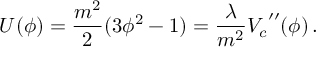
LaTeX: U ( \phi ) = \frac { m ^ { 2 } } { 2 } ( 3 \phi ^ { 2 } - 1 ) = \frac { \lambda } { m ^ { 2 } } { V _ { c } } ^ { \prime \prime } ( \phi ) \, .